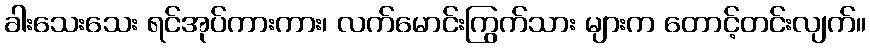
ခါးသေးသေး ရင်အုပ်ကားကား၊ လက်မောင်းကြွက်သား များက တောင့်တင်းလျက်။